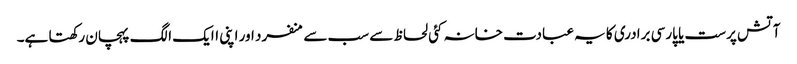
آتش پرست یا پارسی برادری کا یہ عبادت خانہ کئی لحاظ سے سب سے منفرد اور اپنی اایک الگ پہچان رکھتا ہے۔